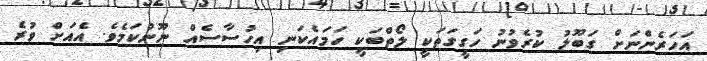
އަހަރެންނަށް ގަބޫލު ކުރެވުނު ހަގީގަތަކީ ލޯތްބަކީ ހަމައެކަނި އިހުސާސެއް ނޫންކަމެވެ. އެއަށް ވުރެ